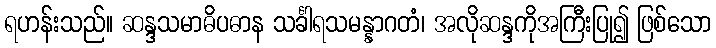
ရဟန်းသည်။ ဆန္ဒသမာဓိပဓာန သင်္ခါရသမန္နာဂတံ၊ အလိုဆန္ဒကိုအကြီးပြု၍ ဖြစ်သော